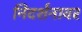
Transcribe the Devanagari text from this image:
निदर्शनावर